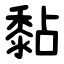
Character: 黏